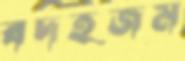
বদহজম